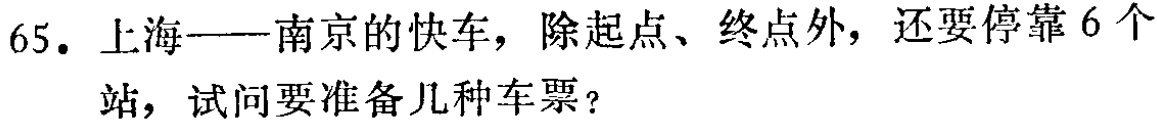
65. 上海——南京的快车，除起点、终点外，还要停靠 6 个站，试问要准备几种车票？